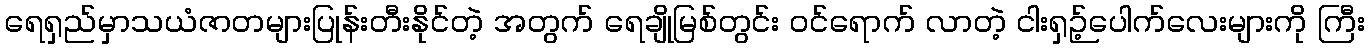
ရေရှည်မှာသယံဇာတများပြုန်းတီးနိုင်တဲ့ အတွက် ရေချိုမြစ်တွင်း ဝင်ရောက် လာတဲ့ ငါးရှဉ့်ပေါက်လေးများကို ကြီး